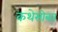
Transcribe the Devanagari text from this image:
कथेसोबत